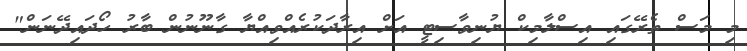
މި މަސް ތެރޭގައި އިސްލާމިކް ޔުނިވާސިޓީ އަށް އިރާދަކުރެއްވިއްޔާ ގާނޫނުން ބާރު ހޯދައިދޭނަން"